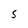
Character: S